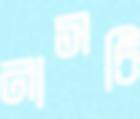
নাসচি